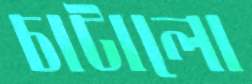
চাটালো